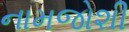
નામજોશી